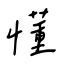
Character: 懂